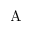
\mathrm { A }